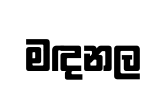
මඳනල